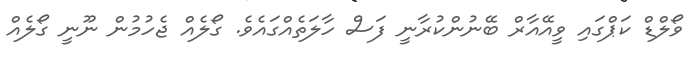
ވޯލްޑް ކަޕްގައި ވީއޭއާރް ބޭނުންކުރާނީ ފަސް ހާލަތެއްގައެވެ. ގޯލެއް ޖެހުމުން ނޫނީ ގޯލެއް